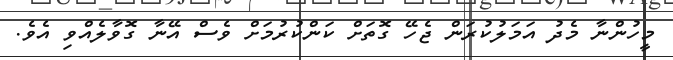
މީހުންނާ މެދު އަމަލުކުރަން ޖެހޭ ގޮތަށް ކަންކުރުމަށް ވެސް އޭނާ ގޮވާލެއްވި އެވެ.